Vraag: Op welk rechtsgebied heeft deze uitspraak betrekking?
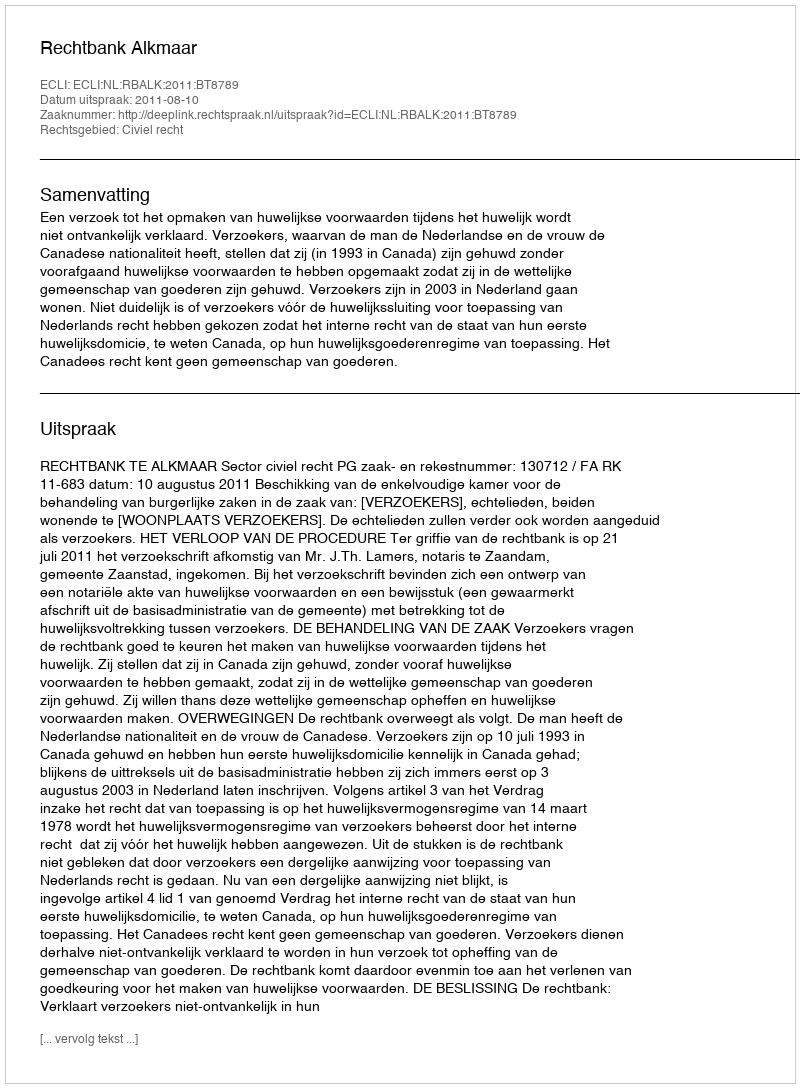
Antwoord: Civiel recht